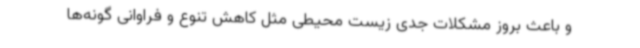
و باعث بروز مشکلات جدی زیست محیطی مثل کاهش تنوع و فراوانی گونه‌ها